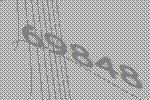
69848